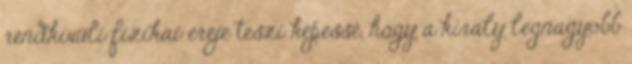
rendkívüli fizikai ereje teszi képessé, hogy a király legnagyobb